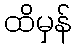
ထိမှန်